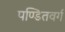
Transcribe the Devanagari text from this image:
पण्डितवर्ग